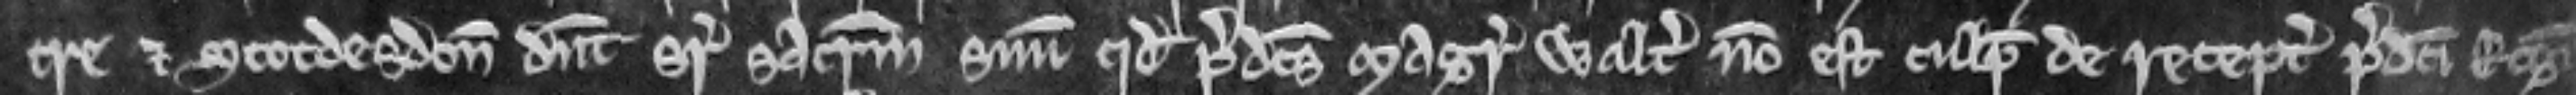
tre et Stotdesdon dicunt super sacramentum suum quod predictus Magister Walterus non est culpabilis de receptamento predicti Rogeri